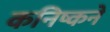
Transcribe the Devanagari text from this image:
कनिष्कने